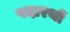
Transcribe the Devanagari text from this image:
पदारथों